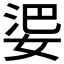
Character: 𱙘